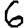
Digit: 6